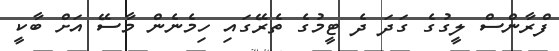
ފްރާންސް ލީގުގެ ގަދަ ދެ ޓީމުގެ ތެރޭގައި ހިމެނެން މާސޭ އަށް ބާކީ